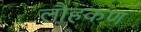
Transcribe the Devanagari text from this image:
लौहकण